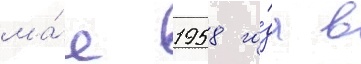
ма́е 1958 го́да в